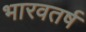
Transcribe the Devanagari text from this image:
भारवतर्ष